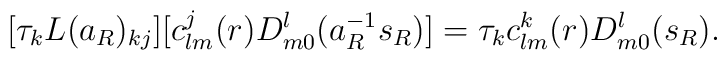
[\tau_k L(a_R)_{kj}][c^j_{lm}(r)D^l_{m0}(a^{-1}_R s_R)]=\tau_kc^k_{lm}(r)D^l_{m0}(s_R).